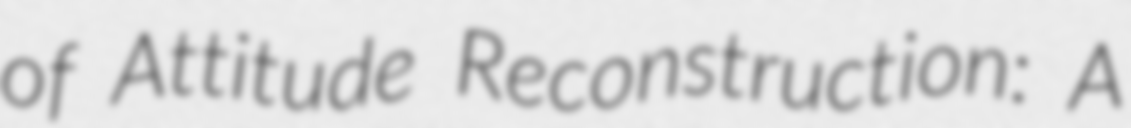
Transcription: of Attitude Reconstruction: A